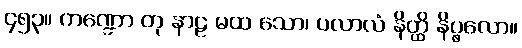
၄၅၃။ ကဏ္ဍော တု နာဠ မထ သော၊ ပလာလံ နိတ္ထိ နိပ္ဖလော။